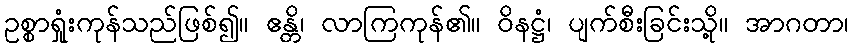
ဥစ္စာရှုံးကုန်သည်ဖြစ်၍။ ဧန္တိ၊ လာကြကုန်၏။ ဝိနဋ္ဌံ၊ ပျက်စီးခြင်းသို့။ အာဂတာ၊